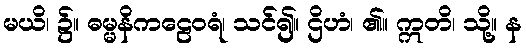
မယိ၊ ၌။ ဓမ္မနိကဠေဝရံ၊ သင်၍။ ဌိဟံ၊ ၏။ ဣတိ၊ သို့။ န